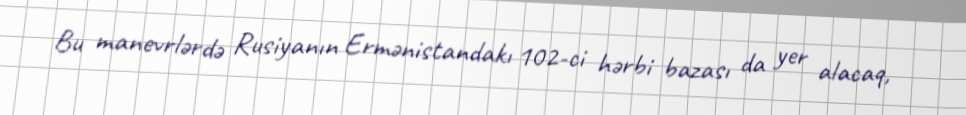
Bu manevrlərdə Rusiyanın Ermənistandakı 102-ci hərbi bazası da yer alacaq,